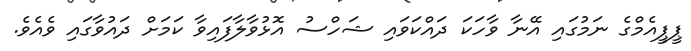
ޕީޕީއެމްގެ ނަމުގައި އޭނާ ވާހަކަ ދައްކަވައި ޝަހްސު އޮޅުވާލާފައިވާ ކަމަށް ދައުވާގައި ވެއެވެ.